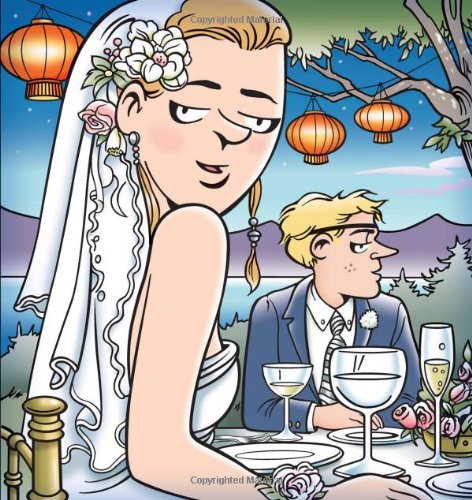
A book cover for Squared Away: A Doonesbury Book; G. B. Trudeau; Humor & Entertainment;